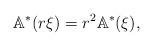
LaTeX: \begin{align*}\mathbb{A}^*(r\xi) = r^2 \mathbb{A}^*(\xi),\end{align*}